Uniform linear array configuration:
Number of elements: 64
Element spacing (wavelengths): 1
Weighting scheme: cosine
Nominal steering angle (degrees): -15
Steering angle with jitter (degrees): -15.393
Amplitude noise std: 0.05
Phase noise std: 0.05

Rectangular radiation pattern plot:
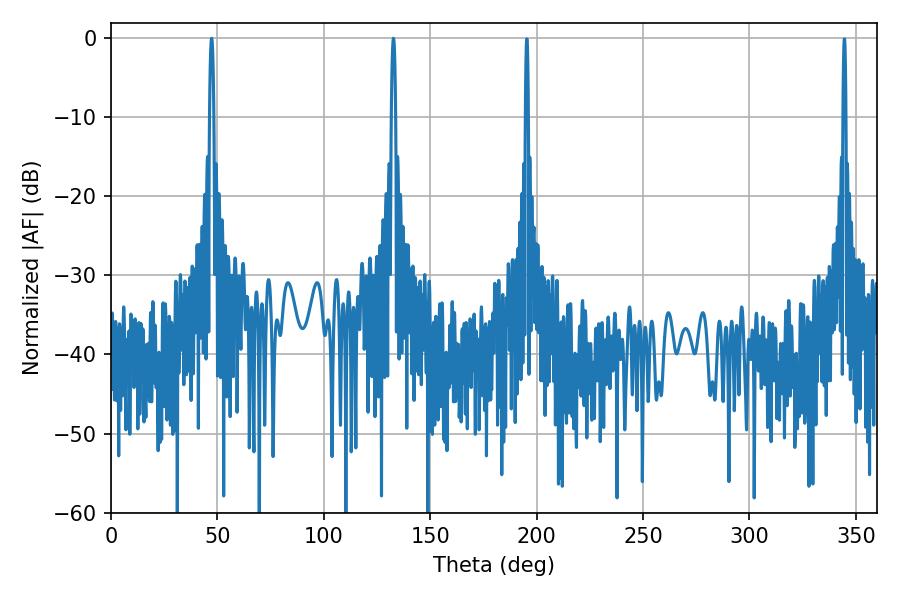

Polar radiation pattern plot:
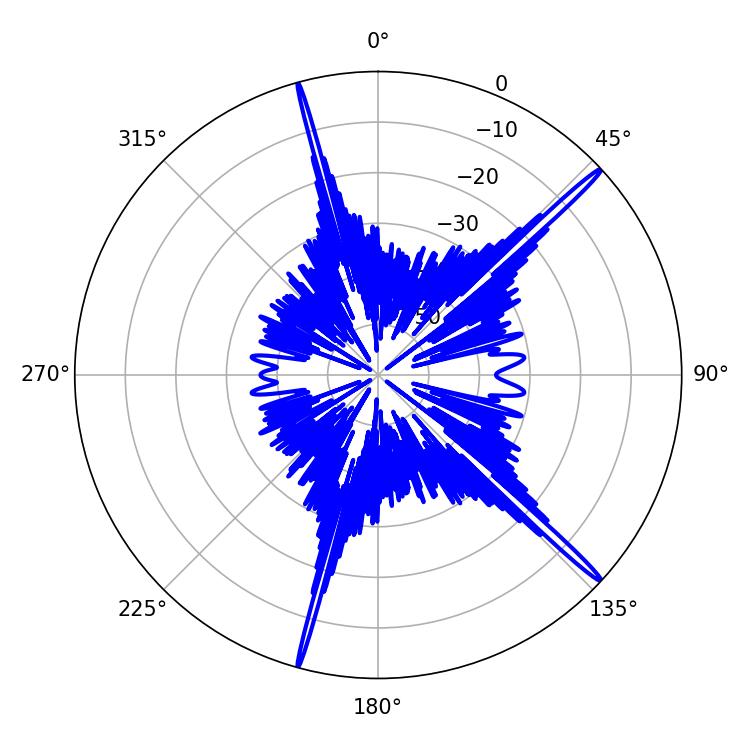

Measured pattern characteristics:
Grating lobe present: TRUE
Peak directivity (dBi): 18.904
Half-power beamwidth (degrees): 1.08
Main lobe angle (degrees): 132.66